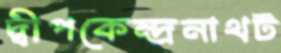
দ্বীপকেন্দ্রনাথট